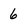
Character: 6